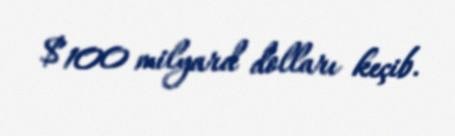
$100 milyard dolları keçib.